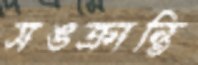
সঙক্রান্তি